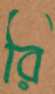
রি